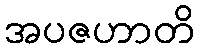
အပဇဟာတိ